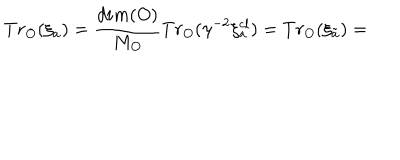
T r _ { O } ( \xi _ { a } ) = \frac { d i m ( O ) } { M _ { O } } T r _ { O } ( \gamma ^ { - 2 } \xi _ { a } ^ { c l } ) = T r _ { O } ( \xi _ { \tilde { a } } ) =